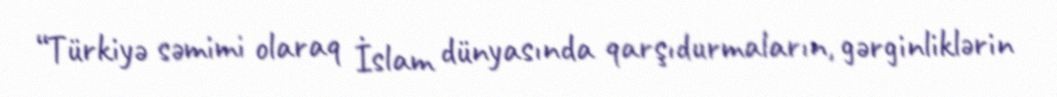
“Türkiyə səmimi olaraq İslam dünyasında qarşıdurmaların, gərginliklərin